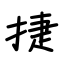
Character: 捷